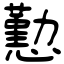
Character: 懃